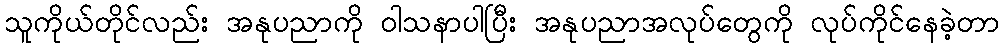
သူကိုယ်တိုင်လည်း အနုပညာကို ဝါသနာပါပြီး အနုပညာအလုပ်တွေကို လုပ်ကိုင်နေခဲ့တာ